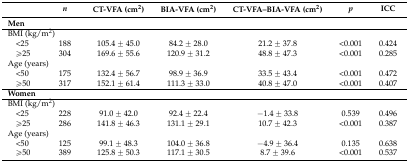
<table><thead><tr><td></td><td><b><i>n</i></b></td><td><b>CT-VFA (cm<sup>2</sup>)</b></td><td><b>BIA-VFA (cm<sup>2</sup>)</b></td><td><b>CT-VFA–BIA-VFA (cm<sup>2</sup>)</b></td><td><b><i>p</i></b></td><td><b>ICC</b></td></tr></thead><tbody><tr><td><b>Men</b></td><td></td><td></td><td></td><td></td><td></td><td></td></tr><tr><td colspan="6">BMI (kg/m<sup>2</sup>)</td><td></td></tr><tr><td> &lt;25</td><td>188</td><td>105.4 ± 45.0</td><td>84.2 ± 28.0</td><td>21.2 ± 37.8</td><td>&lt;0.001</td><td>0.424</td></tr><tr><td> ≥ 25</td><td>304</td><td>169.6 ± 55.6</td><td>120.9 ± 31.2</td><td>48.8 ± 47.3</td><td>&lt;0.001</td><td>0.285</td></tr><tr><td colspan="6">Age (years)</td><td></td></tr><tr><td> &lt;50</td><td>175</td><td>132.4 ± 56.7</td><td>98.9 ± 36.9</td><td>33.5 ± 43.4</td><td>&lt;0.001</td><td>0.472</td></tr><tr><td> ≥50</td><td>317</td><td>152.1 ± 61.4</td><td>111.3 ± 33.0</td><td>40.8 ± 47.0</td><td>&lt;0.001</td><td>0.407</td></tr><tr><td><b>Women</b></td><td></td><td></td><td></td><td></td><td></td><td></td></tr><tr><td colspan="6">BMI (kg/m<sup>2</sup>)</td><td></td></tr><tr><td> &lt;25</td><td>228</td><td>91.0 ± 42.0</td><td>92.4 ± 22.4</td><td>−1.4 ± 33.8</td><td>0.539</td><td>0.496</td></tr><tr><td> ≥25</td><td>286</td><td>141.8 ± 46.3</td><td>131.1 ± 29.1</td><td>10.7 ± 42.3</td><td>&lt;0.001</td><td>0.387</td></tr><tr><td colspan="6">Age (years)</td><td></td></tr><tr><td> &lt;50</td><td>125</td><td>99.1 ± 48.3</td><td>104.0 ± 36.8</td><td>−4.9 ± 36.4</td><td>0.135</td><td>0.638</td></tr><tr><td> ≥50</td><td>389</td><td>125.8 ± 50.3</td><td>117.1 ± 30.5</td><td>8.7 ± 39.6</td><td>&lt;0.001</td><td>0.537</td></tr></tbody></table>